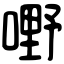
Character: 嘢